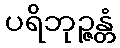
ပရိဘုဉ္ဇန္တံ